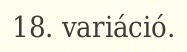
18. variáció.